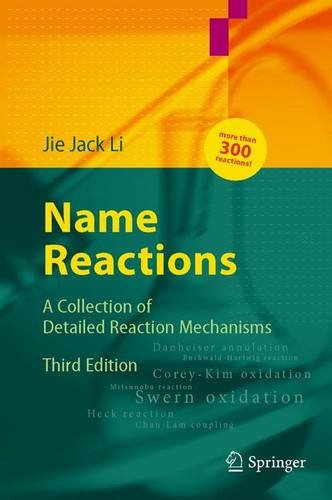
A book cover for Name Reactions: A Collection of Detailed Mechanisms and Synthetic Applications; Jie Jack Li; Science & Math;